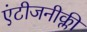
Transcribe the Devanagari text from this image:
एंटीजनीक्ली